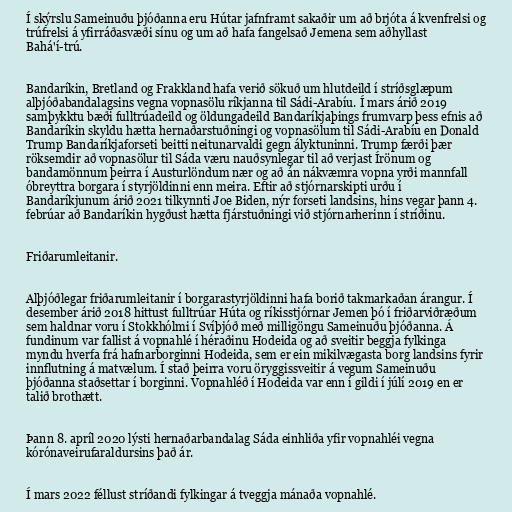
Í skýrslu Sameinuðu þjóðanna eru Hútar jafnframt sakaðir um að brjóta á kvenfrelsi og
trúfrelsi á yfirráðasvæði sínu og um að hafa fangelsað Jemena sem aðhyllast
Bahá'í-trú.

Bandaríkin, Bretland og Frakkland hafa verið sökuð um hlutdeild í stríðsglæpum
alþjóðabandalagsins vegna vopnasölu ríkjanna til Sádi-Arabíu. Í mars árið 2019
samþykktu bæði fulltrúadeild og öldungadeild Bandaríkjaþings frumvarp þess efnis að
Bandaríkin skyldu hætta hernaðarstuðningi og vopnasölum til Sádi-Arabíu en Donald
Trump Bandaríkjaforseti beitti neitunarvaldi gegn ályktuninni. Trump færði þær
röksemdir að vopnasölur til Sáda væru nauðsynlegar til að verjast Írönum og
bandamönnum þeirra í Austurlöndum nær og að án nákvæmra vopna yrði mannfall
óbreyttra borgara í styrjöldinni enn meira. Eftir að stjórnarskipti urðu í
Bandaríkjunum árið 2021 tilkynnti Joe Biden, nýr forseti landsins, hins vegar þann 4.
febrúar að Bandaríkin hygðust hætta fjárstuðningi við stjórnarherinn í stríðinu.

Friðarumleitanir.

Alþjóðlegar friðarumleitanir í borgarastyrjöldinni hafa borið takmarkaðan árangur. Í
desember árið 2018 hittust fulltrúar Húta og ríkisstjórnar Jemen þó í friðarviðræðum
sem haldnar voru í Stokkhólmi í Svíþjóð með milligöngu Sameinuðu þjóðanna. Á
fundinum var fallist á vopnahlé í héraðinu Hodeida og að sveitir beggja fylkinga
myndu hverfa frá hafnarborginni Hodeida, sem er ein mikilvægasta borg landsins fyrir
innflutning á matvælum. Í stað þeirra voru öryggissveitir á vegum Sameinuðu
þjóðanna staðsettar í borginni. Vopnahléð í Hodeida var enn í gildi í júlí 2019 en er
talið brothætt.

Þann 8. apríl 2020 lýsti hernaðarbandalag Sáda einhliða yfir vopnahléi vegna
kórónaveirufaraldursins það ár.

Í mars 2022 féllust stríðandi fylkingar á tveggja mánaða vopnahlé.